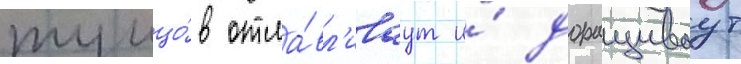
тунцо́в отла́вл'иваут и́ доращиваут